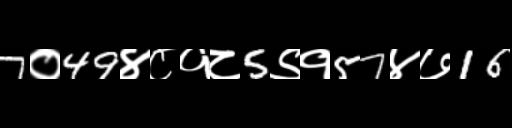
Text: 7०49४८१८5९१57४७16